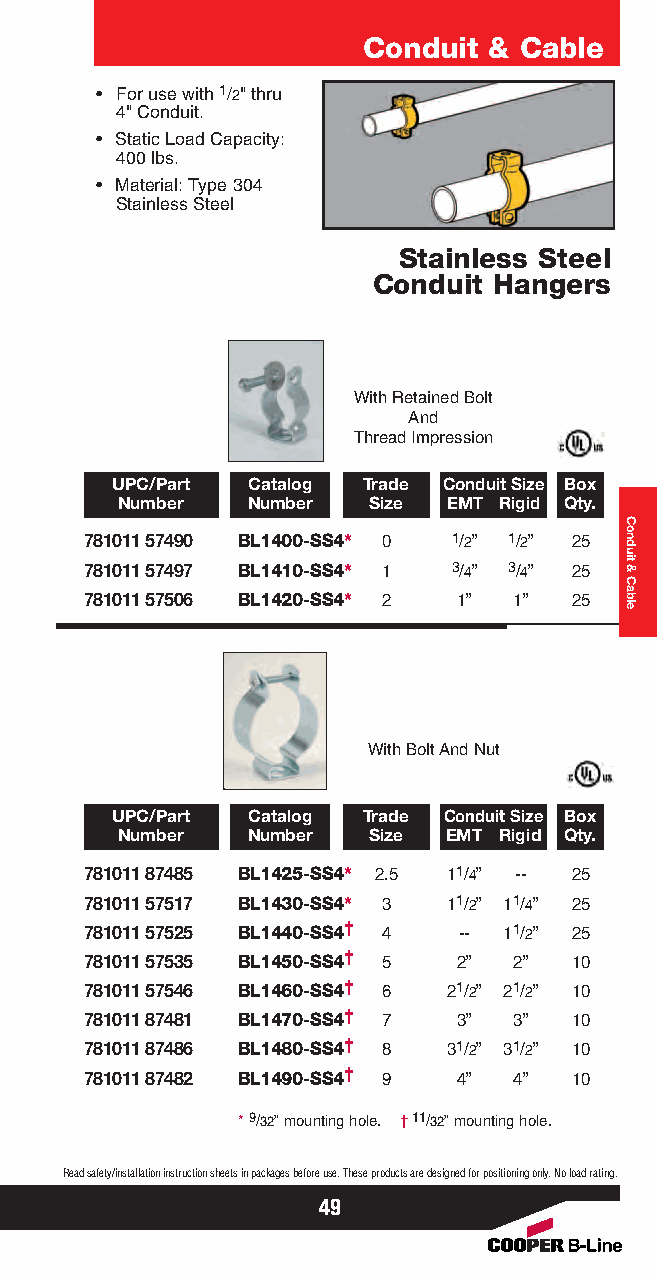
Conduit & Cable
 • For use with 1/2" thru
 4" Conduit.
 • Static Load Capacity:
 400 lbs.
 • Material: Type 304
 Stainless Steel
 Stainless Steel
 Conduit Hangers
 With Retained Bolt
 And
 Thread Impression
 UPC/Part Catalog Trade Conduit Size Box
 Number  Number  Size  EMT Rigid Qty.
 781011 57490 BL1400-SS4* 0 1/2” 1/2” 25
 781011 57497 BL1410-SS4* 1 3/4” 3/4” 25
 781011 57506 BL1420-SS4* 2 1” 1” 25
 With Bolt And Nut
 UPC/Part Catalog Trade Conduit Size Box
 Number  Number  Size EMT Rigid Qty.
 781011 87485 BL1425-SS4* 2.5 11/4” -- 25
 781011 57517 BL1430-SS4* 3 11/2” 11/4” 25
 781011 57525 BL1440-SS4† 4 -- 11/2” 25
 781011 57535 BL1450-SS4† 5 2” 2” 10
 781011 57546 BL1460-SS4† 6 21/2” 21/2” 10
 781011 87481 BL1470-SS4† 7 3” 3” 10
 781011 87486 BL1480-SS4† 8 31/2” 31/2” 10
 781011 87482 BL1490-SS4† 9 4” 4” 10
 *9/32” mounting hole. †11/32” mounting hole.
 Read safety/installation instruction sheets in packages before use. These products are designed for positioning only. No load rating.
 49
 Conduit
 &
 Cable